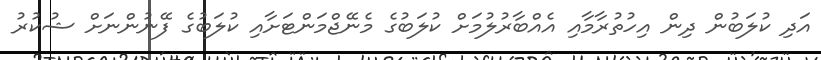
އަދި ކުލަބުން ދިން އިހުތުރާމާއި އެއްބާރުލުމަށް ކުލަބުގެ މެނޭޖްމަންޓަށާއި ކުލަބުގެ ފޭނުންނަށް ޝުކުރު